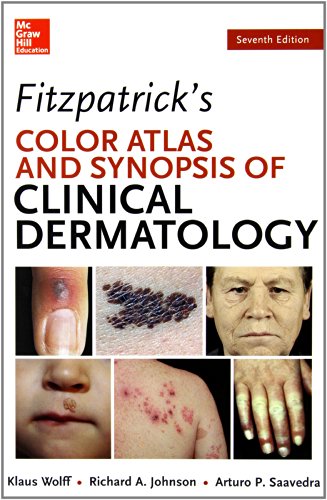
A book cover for Fitzpatrick's Color Atlas and Synopsis of Clinical Dermatology, Seventh Edition (Color Atlas & Synopsis of Clinical Dermatology (Fitzpatrick)); Klaus Wolff; Medical Books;